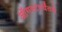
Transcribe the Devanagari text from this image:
ऑगस्टपर्यंतचे